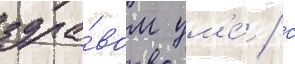
здра́вом ум'е́ / с